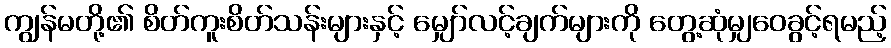
ကျွန်မတို့၏ စိတ်ကူးစိတ်သန်းများနှင့် မျှော်လင့်ချက်များကို တွေ့ဆုံမျှဝေခွင့်ရမည့်